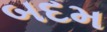
બદમ